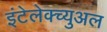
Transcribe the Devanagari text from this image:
इंटेलेक्च्युअल